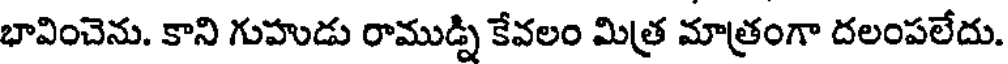
భావించెను. కాని గుహుడు రాముడ్ని కేవలం మిత్ర మాత్రంగా దలంపలేదు.